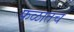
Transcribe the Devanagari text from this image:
फळातच